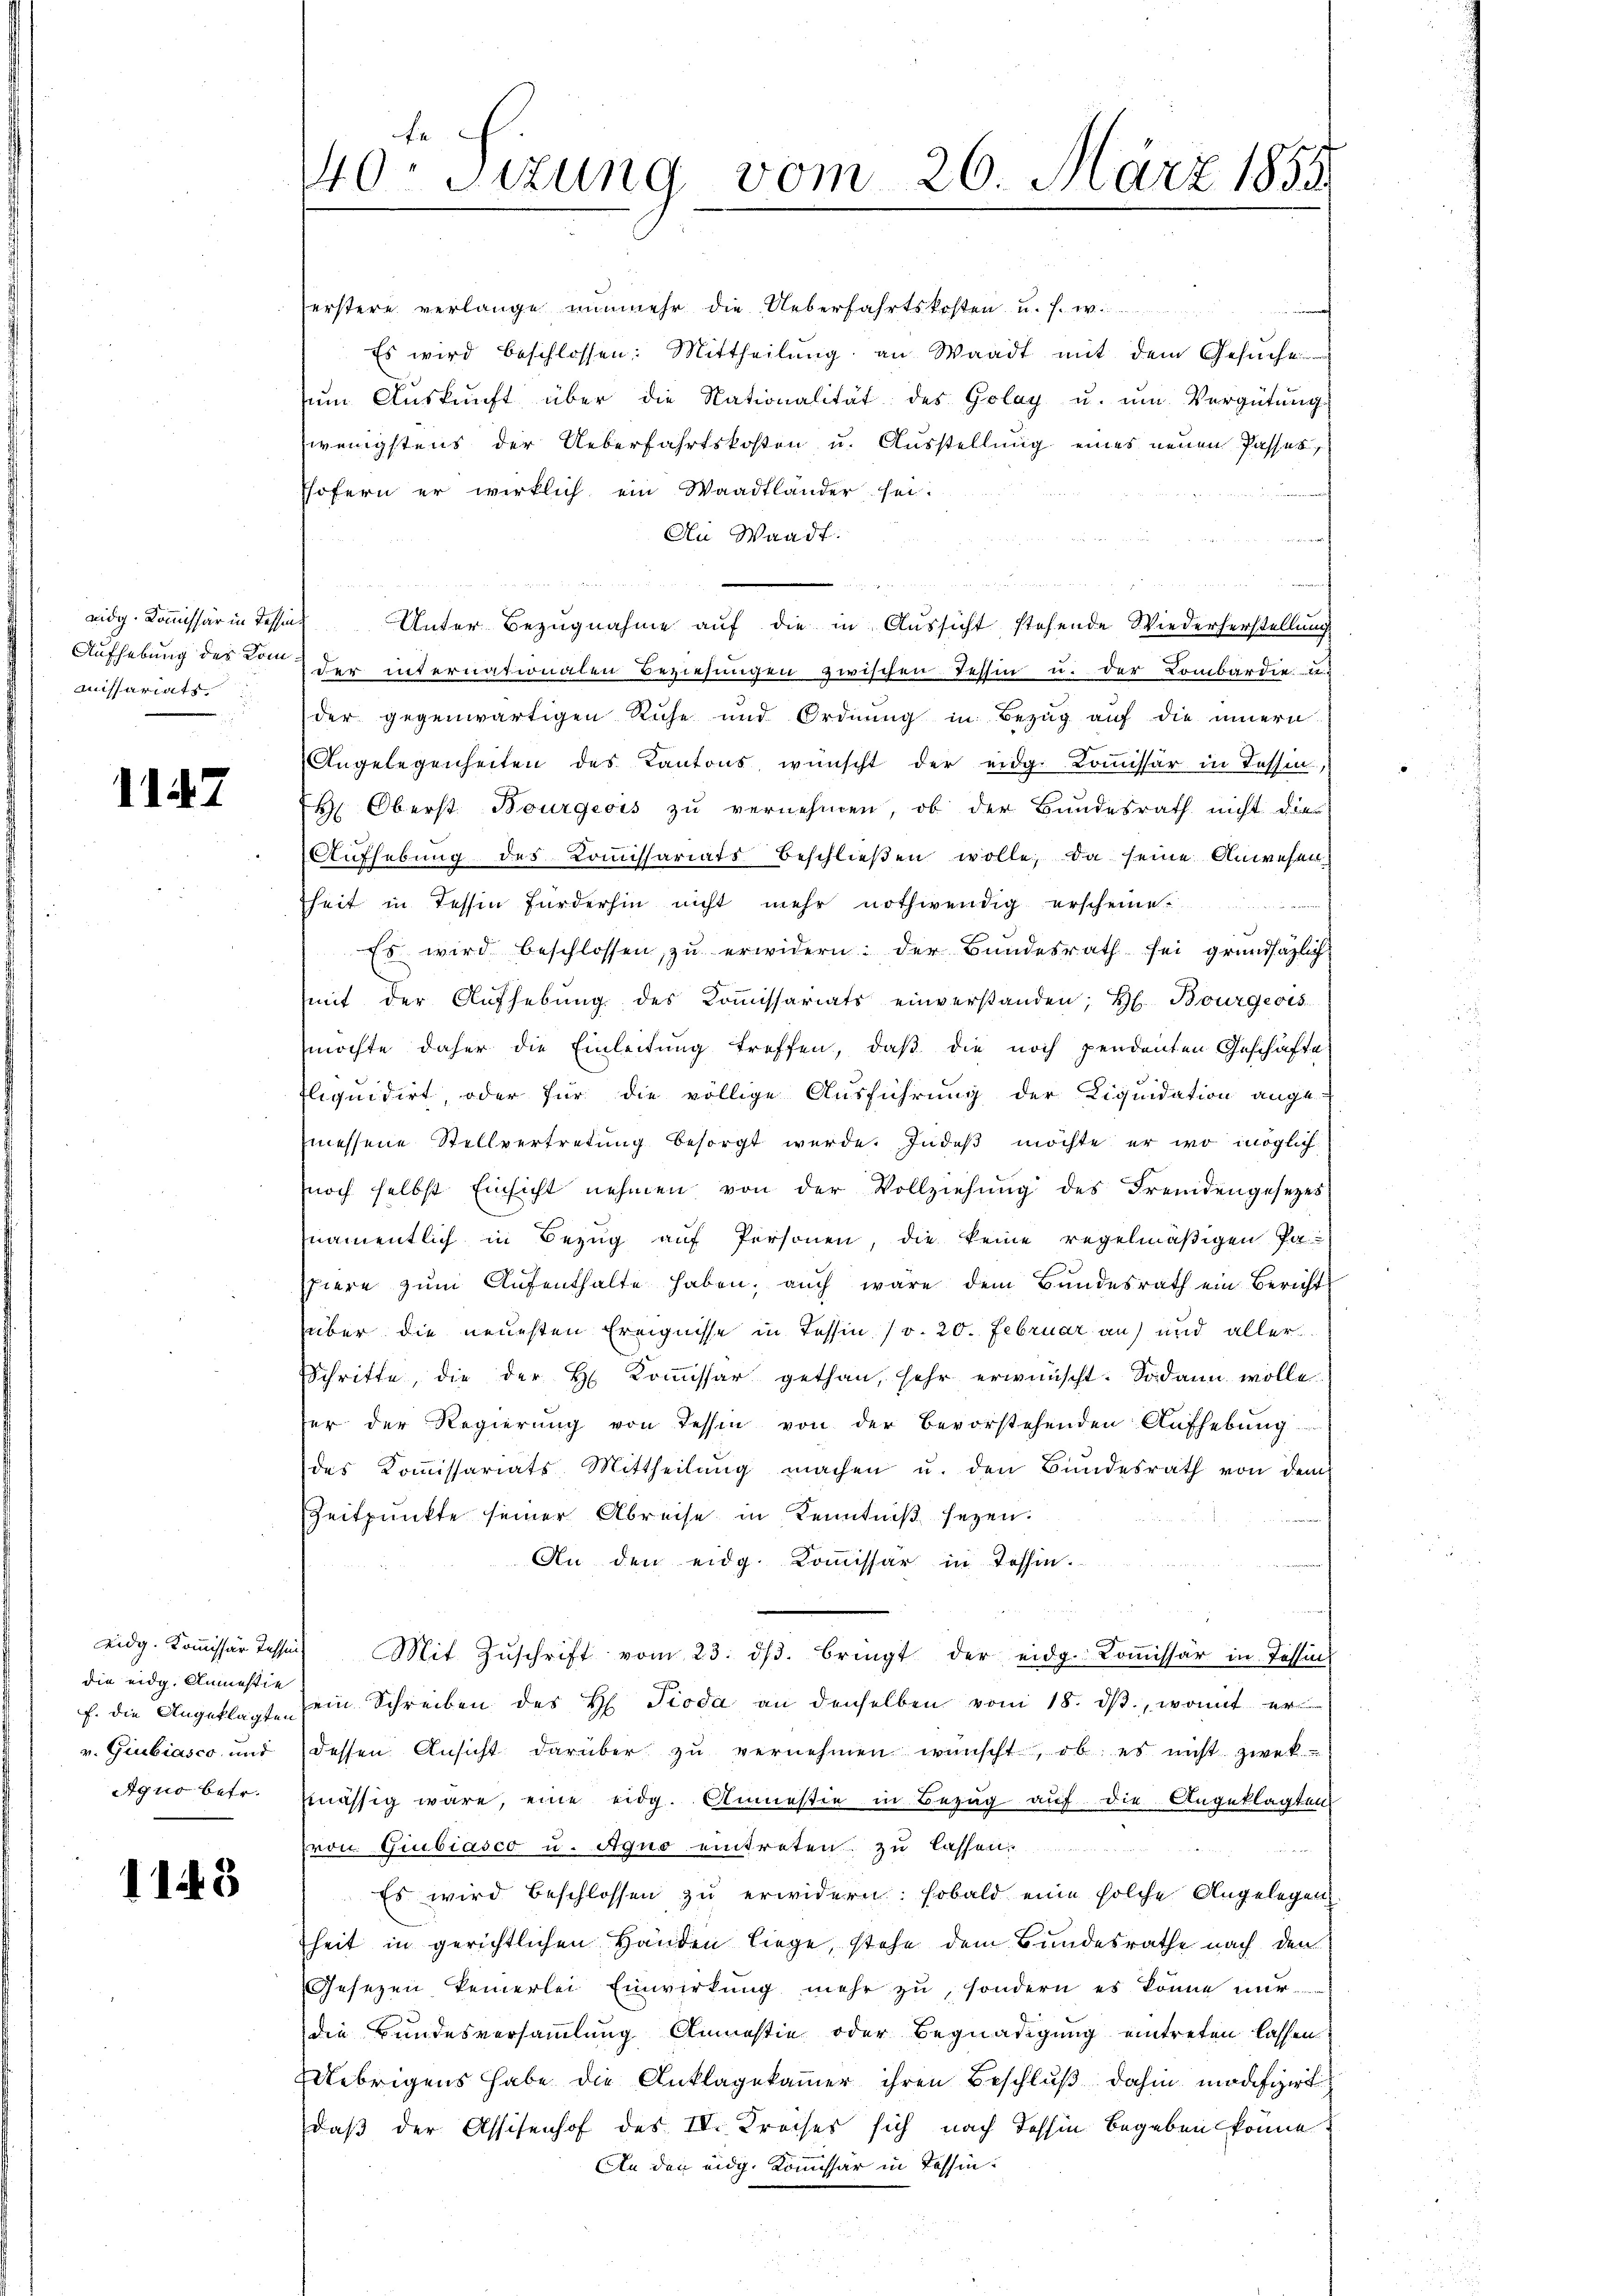
eidg. Kommissär in Tessin¬
Aufhebung des Kommissariats

1147

die eidg. Anmastie
f. die Angeklagten
Aquo betr.

1143

40. Sizung vom 26. März 185.

erstere verlange nunmehr die Ueberfahrtskosten u. s. w.
Es wird beschlossen: Mittheilung an Waadt mit dem Gesuche
ŭm Aŭskŭnft über die Nationalität des Golay u. ŭm Vergütung
wenigstens der Ueberfahrtskosten u. Ausstellung eines neuen Passes,
shofern er wirklich ein Waadtländer sei.
An Waadt.
n
Unter Bezugnahme auf die in Aussicht stehende Wiederherstellung
der internationalen Beziehŭngen zwischen Tessin u. der Lombardie
der gegenwärtigen Ruhe und Ordnung in Bezug auf die innern
Angelegenheiten des Kantons wünscht der eidg. Koṁissär in Tessin,
H. Oberst Bourgeois zu vernehmen, ob der Bundesrath nicht die
Aufhebung des Kommissariats beschlieβen wolle, da seine Anwesen
heit in Tessin fürderhin nicht mehr nothwendig erscheine.
en
Es wird beschlossen, zu erwidern: der Bundesrath sei grundsätzlich
mit der Aufhebung des Kommissariats einverstanden; H. Bourgeois
möchte daher die Einleitung treffen, daß die noch pendenten Geschäfte
Eliquidirt, oder für die völlige Ausführung der Liquidation ange-
messene Stellvertretung besorgt werde. Indeß möchte er wo möglich
noch selbst Einsicht nehmen von der Vollziehŭng des Fremdengesezes
namentlich in Bezŭg aŭf Personen, die keine regelmäßigen Papiere zum Aufenthalte haben, auch wäre dem Bundesrath ein Bericht
über die neuesten Ereignisse in Tessin (v. 20. Februar an und aller
Schritte, die der H. Kommissär gethan, sehr erwünscht. Sodann wolle
fer der Regierŭng von dessen von der bevorstehenden Aŭfhebŭng
des Koṁissariats Mittheilŭng machen u. den Bundesrath von dem
Zeitpunkte seiner Abreise in Kenntniβ sezen.
An den eidg. Kommissär in Tessin.
eidg. Koṁissär dessens Mit Zŭschrift vom 23. dβ. bringt der eidg. Koṁissär in Tessin
ein Schreiben des H Pioda an denselben vom 18. ds., womit er
v. Giubiasco und (dessen Ansicht darüber zŭ vernehmen wünscht, ob es nicht zwek
mässig wäre, eine eidg. Anmessin in Bezug auf die Angeklagten
von Giubiasco u. Aquo eintreten zu lassen.
Es wird beschlossen zu erwidern: sobald eine solche Angelegen
heit in gerichtlichen Händen liege, stehe dem Bundesrathe nach den
Gesezen keinerlei Einwirkung mehr zu, sondern es könne nur
die Bundesversammlung Amnestie oder Begnadigung eintreten lassen.
Uebrigens habe die Anklagekammer ihren Beschluß dahin modifizirt
daß der Assisenhof des IV. Kreises sich nach Tessin begeben könne.
An den eidg. Kommissär in Tessin: